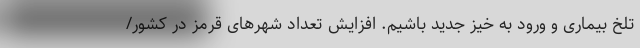
تلخ بیماری و ورود به خیز جدید باشیم. افزایش تعداد شهرهای قرمز در کشور/